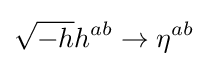
{\sqrt {-h}}h^{ab}\rightarrow \eta ^{ab}